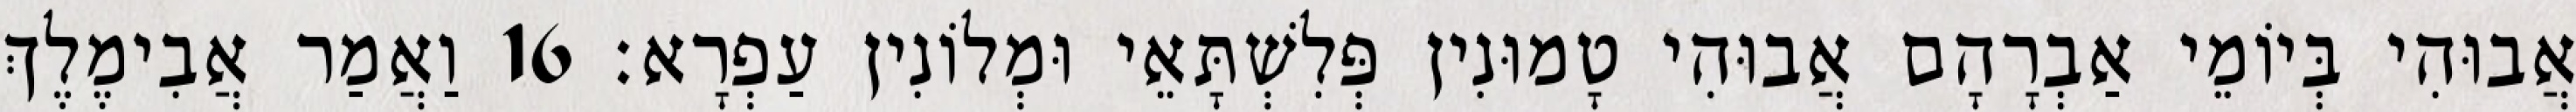
אֲבוּהִי בְּיוֹמֵי אַבְרָהָם אֲבוּהִי טָמוּנִין פְּלִשְׁתָּאֵי וּמְלוֹנִין עַפְרָא׃ 16 וַאֲמַר אֲבִימֶלֶךְ